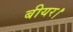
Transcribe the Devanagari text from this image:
बीयर।